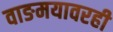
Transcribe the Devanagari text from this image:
वाङमयावरही